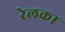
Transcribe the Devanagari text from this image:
रेलका